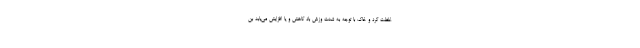
غلظت گرد و خاک با توجه به شدت وزش باد کاهش و یا افزایش می‌یابد بن